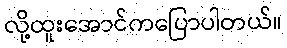
လို့ထူးအောင်ကပြောပါတယ်။